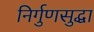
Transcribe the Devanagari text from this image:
निर्गुणसुद्धा